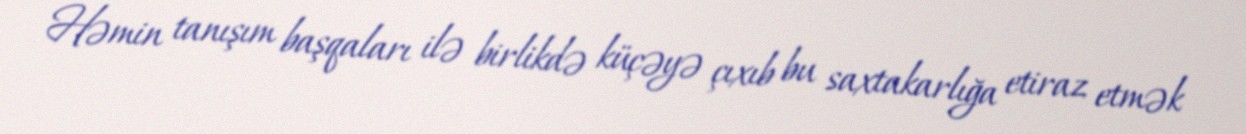
Həmin tanışım başqaları ilə birlikdə küçəyə çıxıb bu saxtakarlığa etiraz etmək